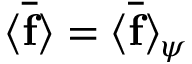
\langle \overline { { \mathbf { f } } } \rangle = \langle \overline { { \mathbf { f } } } \rangle _ { \psi }